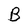
Character: B